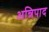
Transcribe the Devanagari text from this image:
अन्निपाद